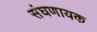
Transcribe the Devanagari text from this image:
संघणायक